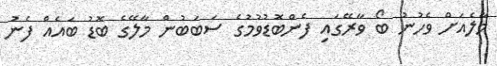
މާލެއަށް ވެހުނު ބޯ ވާރޭގައި ފެންބޮޑުވުމުގެ ސަބަބުން މާލޭގެ ބޮޑު ބައެއް ފެނު